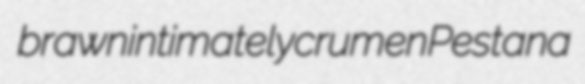
brawn intimately crumen Pestana